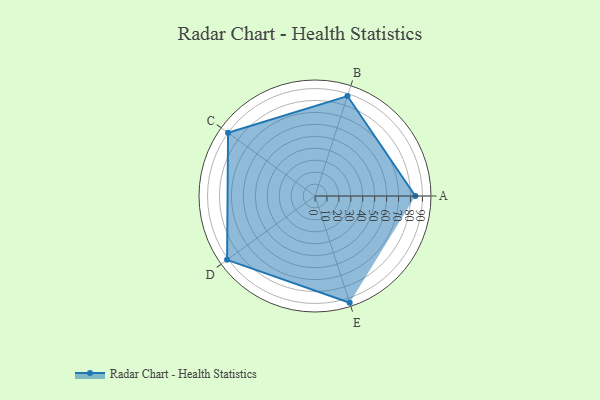
{"axis": {"x": "Skill", "y": "Score"}, "legend": ["Profile"], "data": [{"x": "A", "y": 84.0, "type": "Profile"}, {"x": "B", "y": 88.0, "type": "Profile"}, {"x": "C", "y": 90.0, "type": "Profile"}, {"x": "D", "y": 91.0, "type": "Profile"}, {"x": "E", "y": 94.0, "type": "Profile"}]}